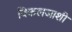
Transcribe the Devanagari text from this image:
विकलजाशी